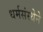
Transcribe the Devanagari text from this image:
धर्मसंस्थेने